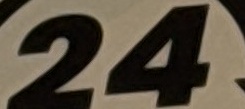
24